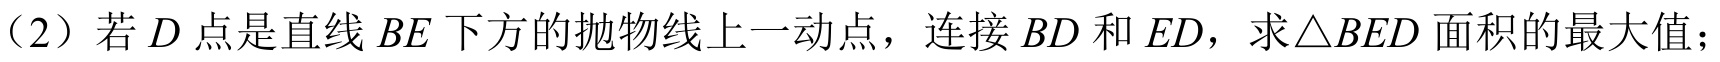
（2）若\(D\)点是直线\(BE\)下方的抛物线上一动点，连接\(BD\)和\(ED\)，求\(\triangle BED\)面积的最大值；